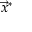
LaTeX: { \vec { x } } ^ { * }